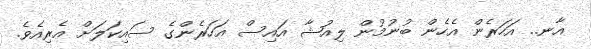
އާނ.. އަހަރެން އެހެން ބުނުމުން ލިއުޝާ އައިސް އަހަރެންގެ ސައިކަލަށް އެރިއެވެ.